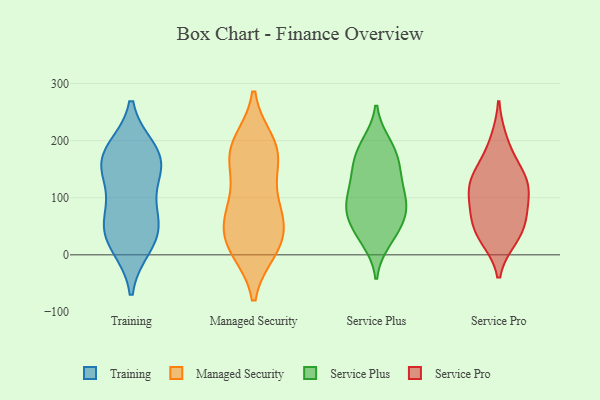
{"axis": {"x": "Latency (ms)", "y": "Value"}, "legend": ["Managed Security", "Service Plus", "Service Pro", "Training"], "data": [{"x": "", "y": 182, "type": "Training"}, {"x": "", "y": 167, "type": "Training"}, {"x": "", "y": 81, "type": "Training"}, {"x": "", "y": 17, "type": "Training"}, {"x": "", "y": 43, "type": "Training"}, {"x": "", "y": 61, "type": "Training"}, {"x": "", "y": 153, "type": "Training"}, {"x": "", "y": 175, "type": "Training"}, {"x": "", "y": 143, "type": "Training"}, {"x": "", "y": 30, "type": "Training"}, {"x": "", "y": 11, "type": "Managed Security"}, {"x": "", "y": 76, "type": "Managed Security"}, {"x": "", "y": 94, "type": "Managed Security"}, {"x": "", "y": 165, "type": "Managed Security"}, {"x": "", "y": 184, "type": "Managed Security"}, {"x": "", "y": 57, "type": "Managed Security"}, {"x": "", "y": 184, "type": "Managed Security"}, {"x": "", "y": 77, "type": "Managed Security"}, {"x": "", "y": 19, "type": "Managed Security"}, {"x": "", "y": 18, "type": "Managed Security"}, {"x": "", "y": 24, "type": "Managed Security"}, {"x": "", "y": 195, "type": "Managed Security"}, {"x": "", "y": 165, "type": "Managed Security"}, {"x": "", "y": 117, "type": "Service Plus"}, {"x": "", "y": 192, "type": "Service Plus"}, {"x": "", "y": 159, "type": "Service Plus"}, {"x": "", "y": 43, "type": "Service Plus"}, {"x": "", "y": 149, "type": "Service Plus"}, {"x": "", "y": 178, "type": "Service Plus"}, {"x": "", "y": 32, "type": "Service Plus"}, {"x": "", "y": 93, "type": "Service Plus"}, {"x": "", "y": 76, "type": "Service Plus"}, {"x": "", "y": 93, "type": "Service Plus"}, {"x": "", "y": 63, "type": "Service Plus"}, {"x": "", "y": 24, "type": "Service Plus"}, {"x": "", "y": 195, "type": "Service Plus"}, {"x": "", "y": 119, "type": "Service Plus"}, {"x": "", "y": 68, "type": "Service Plus"}, {"x": "", "y": 147, "type": "Service Plus"}, {"x": "", "y": 86, "type": "Service Plus"}, {"x": "", "y": 35, "type": "Service Pro"}, {"x": "", "y": 117, "type": "Service Pro"}, {"x": "", "y": 76, "type": "Service Pro"}, {"x": "", "y": 73, "type": "Service Pro"}, {"x": "", "y": 47, "type": "Service Pro"}, {"x": "", "y": 125, "type": "Service Pro"}, {"x": "", "y": 199, "type": "Service Pro"}, {"x": "", "y": 111, "type": "Service Pro"}, {"x": "", "y": 135, "type": "Service Pro"}, {"x": "", "y": 30, "type": "Service Pro"}, {"x": "", "y": 155, "type": "Service Pro"}]}